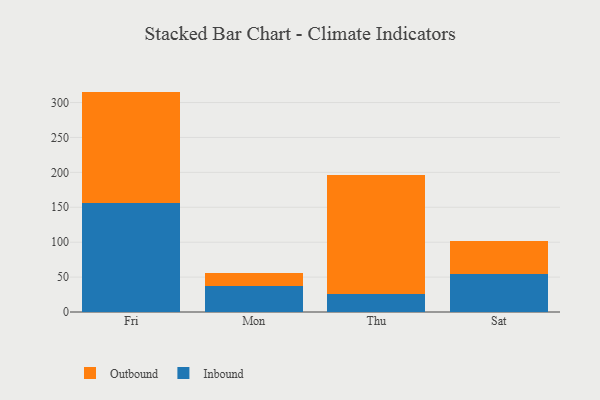
{"axis": {"x": "Day", "y": "Headcount"}, "legend": ["Inbound", "Outbound"], "data": [{"x": "Fri", "y": 156.2, "type": "Inbound"}, {"x": "Fri", "y": 159.5, "type": "Outbound"}, {"x": "Mon", "y": 37.5, "type": "Inbound"}, {"x": "Mon", "y": 19.0, "type": "Outbound"}, {"x": "Thu", "y": 25.2, "type": "Inbound"}, {"x": "Thu", "y": 170.7, "type": "Outbound"}, {"x": "Sat", "y": 55.0, "type": "Inbound"}, {"x": "Sat", "y": 47.1, "type": "Outbound"}]}